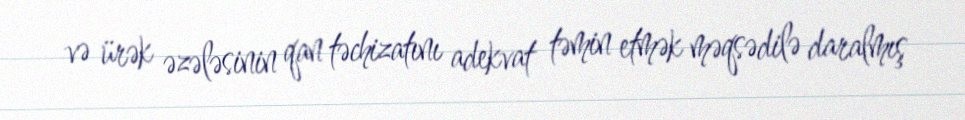
və ürək əzələsinin qan təchizatını adekvat təmin etmək məqsədilə daralmış